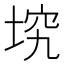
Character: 㙀